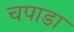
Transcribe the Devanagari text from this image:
चपाडा